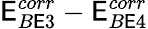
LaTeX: \mathsf{E}_{B\mathsf{E}3}^{corr}-\mathsf{E}_{B\mathsf{E}4}^{corr}